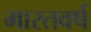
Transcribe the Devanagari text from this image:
मारतवर्ष